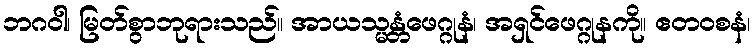
ဘဂဝါ၊ မြတ်စွာဘုရားသည်။ အာယသ္မန္တံဖေဂ္ဂုနံ၊ အရှင်ဖေဂ္ဂုနကို။ ဧတဝစနံ၊